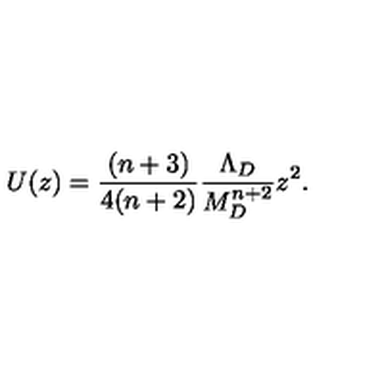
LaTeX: U ( z ) = \frac { ( n + 3 ) } { 4 ( n + 2 ) } \frac { \Lambda _ { D } } { M _ { D } ^ { n + 2 } } z ^ { 2 } .